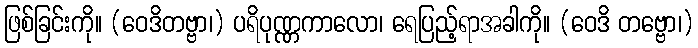
ဖြစ်ခြင်းကို။ (ဝေဒိတဗ္ဗာ၊) ပရိပုဏ္ဏကာလော၊ ရေပြည့်ရာအခါကို။ (ဝေဒိ တဗ္ဗော၊)